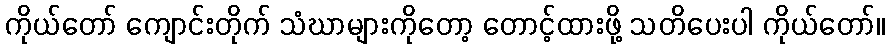
ကိုယ်တော် ကျောင်းတိုက် သံဃာများကိုတော့ တောင့်ထားဖို့ သတိပေးပါ ကိုယ်တော်။